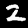
Digit: 2